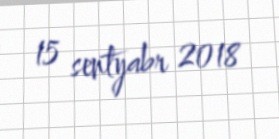
15 sentyabr 2018